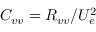
C _ { v v } = R _ { v v } / U _ { e } ^ { 2 }